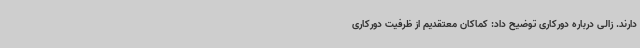
دارند. زالی درباره دورکاری توضیح داد: کماکان معتقدیم از ظرفیت دورکاری